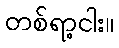
တစ်ရာ့ငါး။